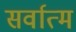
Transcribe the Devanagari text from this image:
सर्वात्म